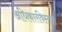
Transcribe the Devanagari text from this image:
अधिकारविस्तार